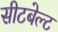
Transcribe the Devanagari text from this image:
सीटबेल्‍ट